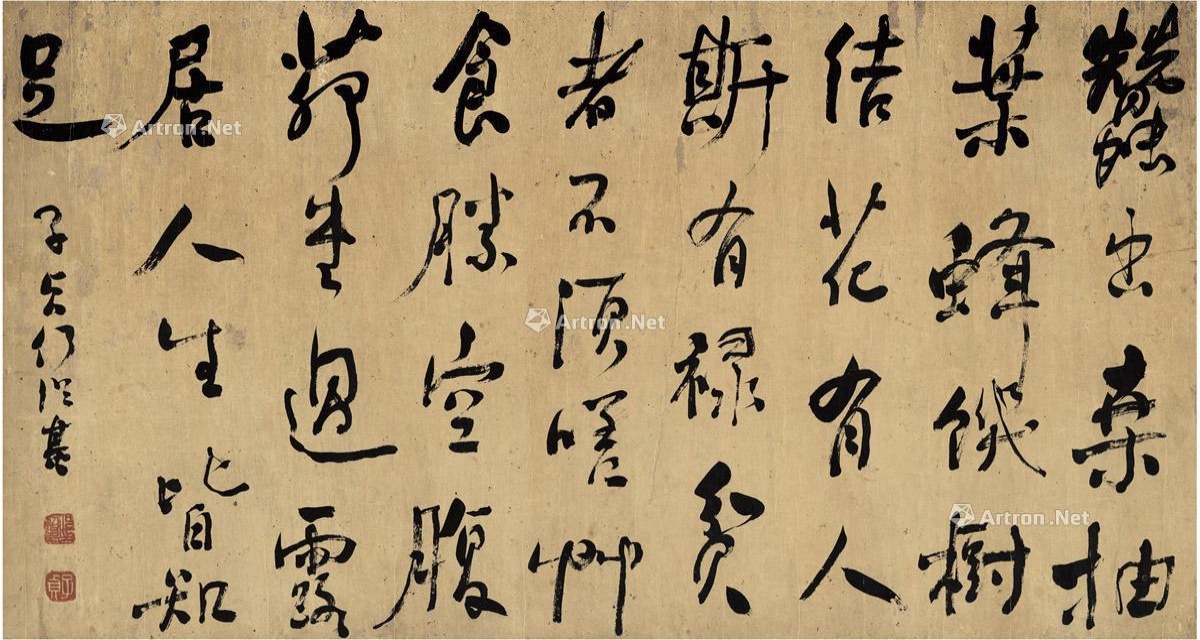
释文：蚕出桑抽叶，蜂饥树结花。有人斯有禄。贫者不须嗟，草食胜空腹。茅堂过露居，人生皆知足。子贞何绍基。